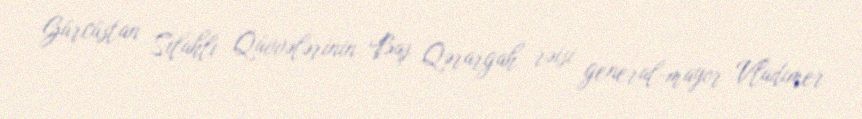
Gürcüstan Silahlı Qüvvələrinin Baş Qərargah rəisi general-mayor Vladimer